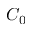
C _ { 0 }